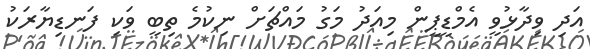
އަދި ވިދާޅުވީ އެމްޑީޕީން މިއަދު މަގު މައްޗަށް ނިކުމެ ތިބީ ވަކި ފަނޑިޔާރަކު